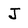
Character: J